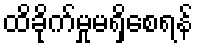
ထိခိုက်မှုမရှိစေရန်